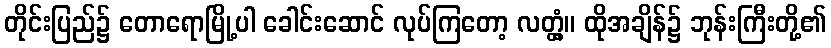
တိုင်းပြည်၌ တောရောမြို့ပါ ခေါင်းဆောင် လုပ်ကြတော့ လတ္တံ့။ ထိုအချိန်၌ ဘုန်းကြီးတို့၏